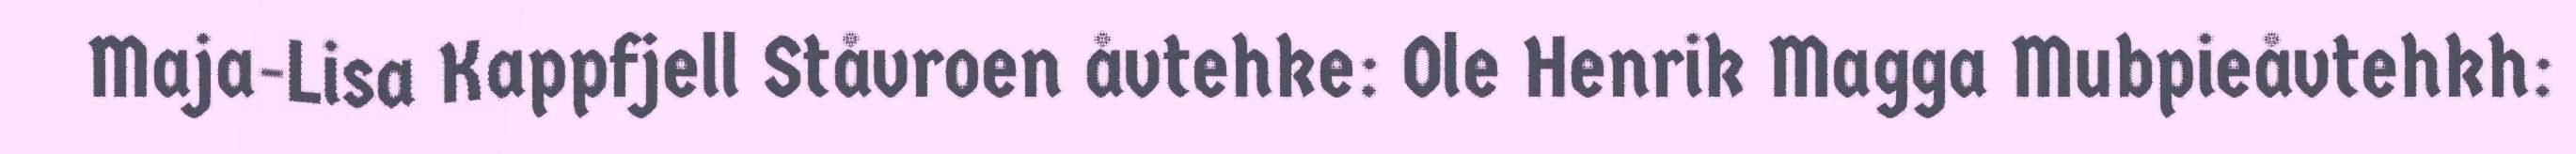
Maja-Lisa Kappfjell Ståvroen åvtehke: Ole Henrik Magga Mubpieåvtehkh: